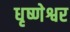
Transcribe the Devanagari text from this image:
धृष्णेश्वर